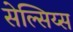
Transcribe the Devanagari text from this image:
सेल्सिय्स